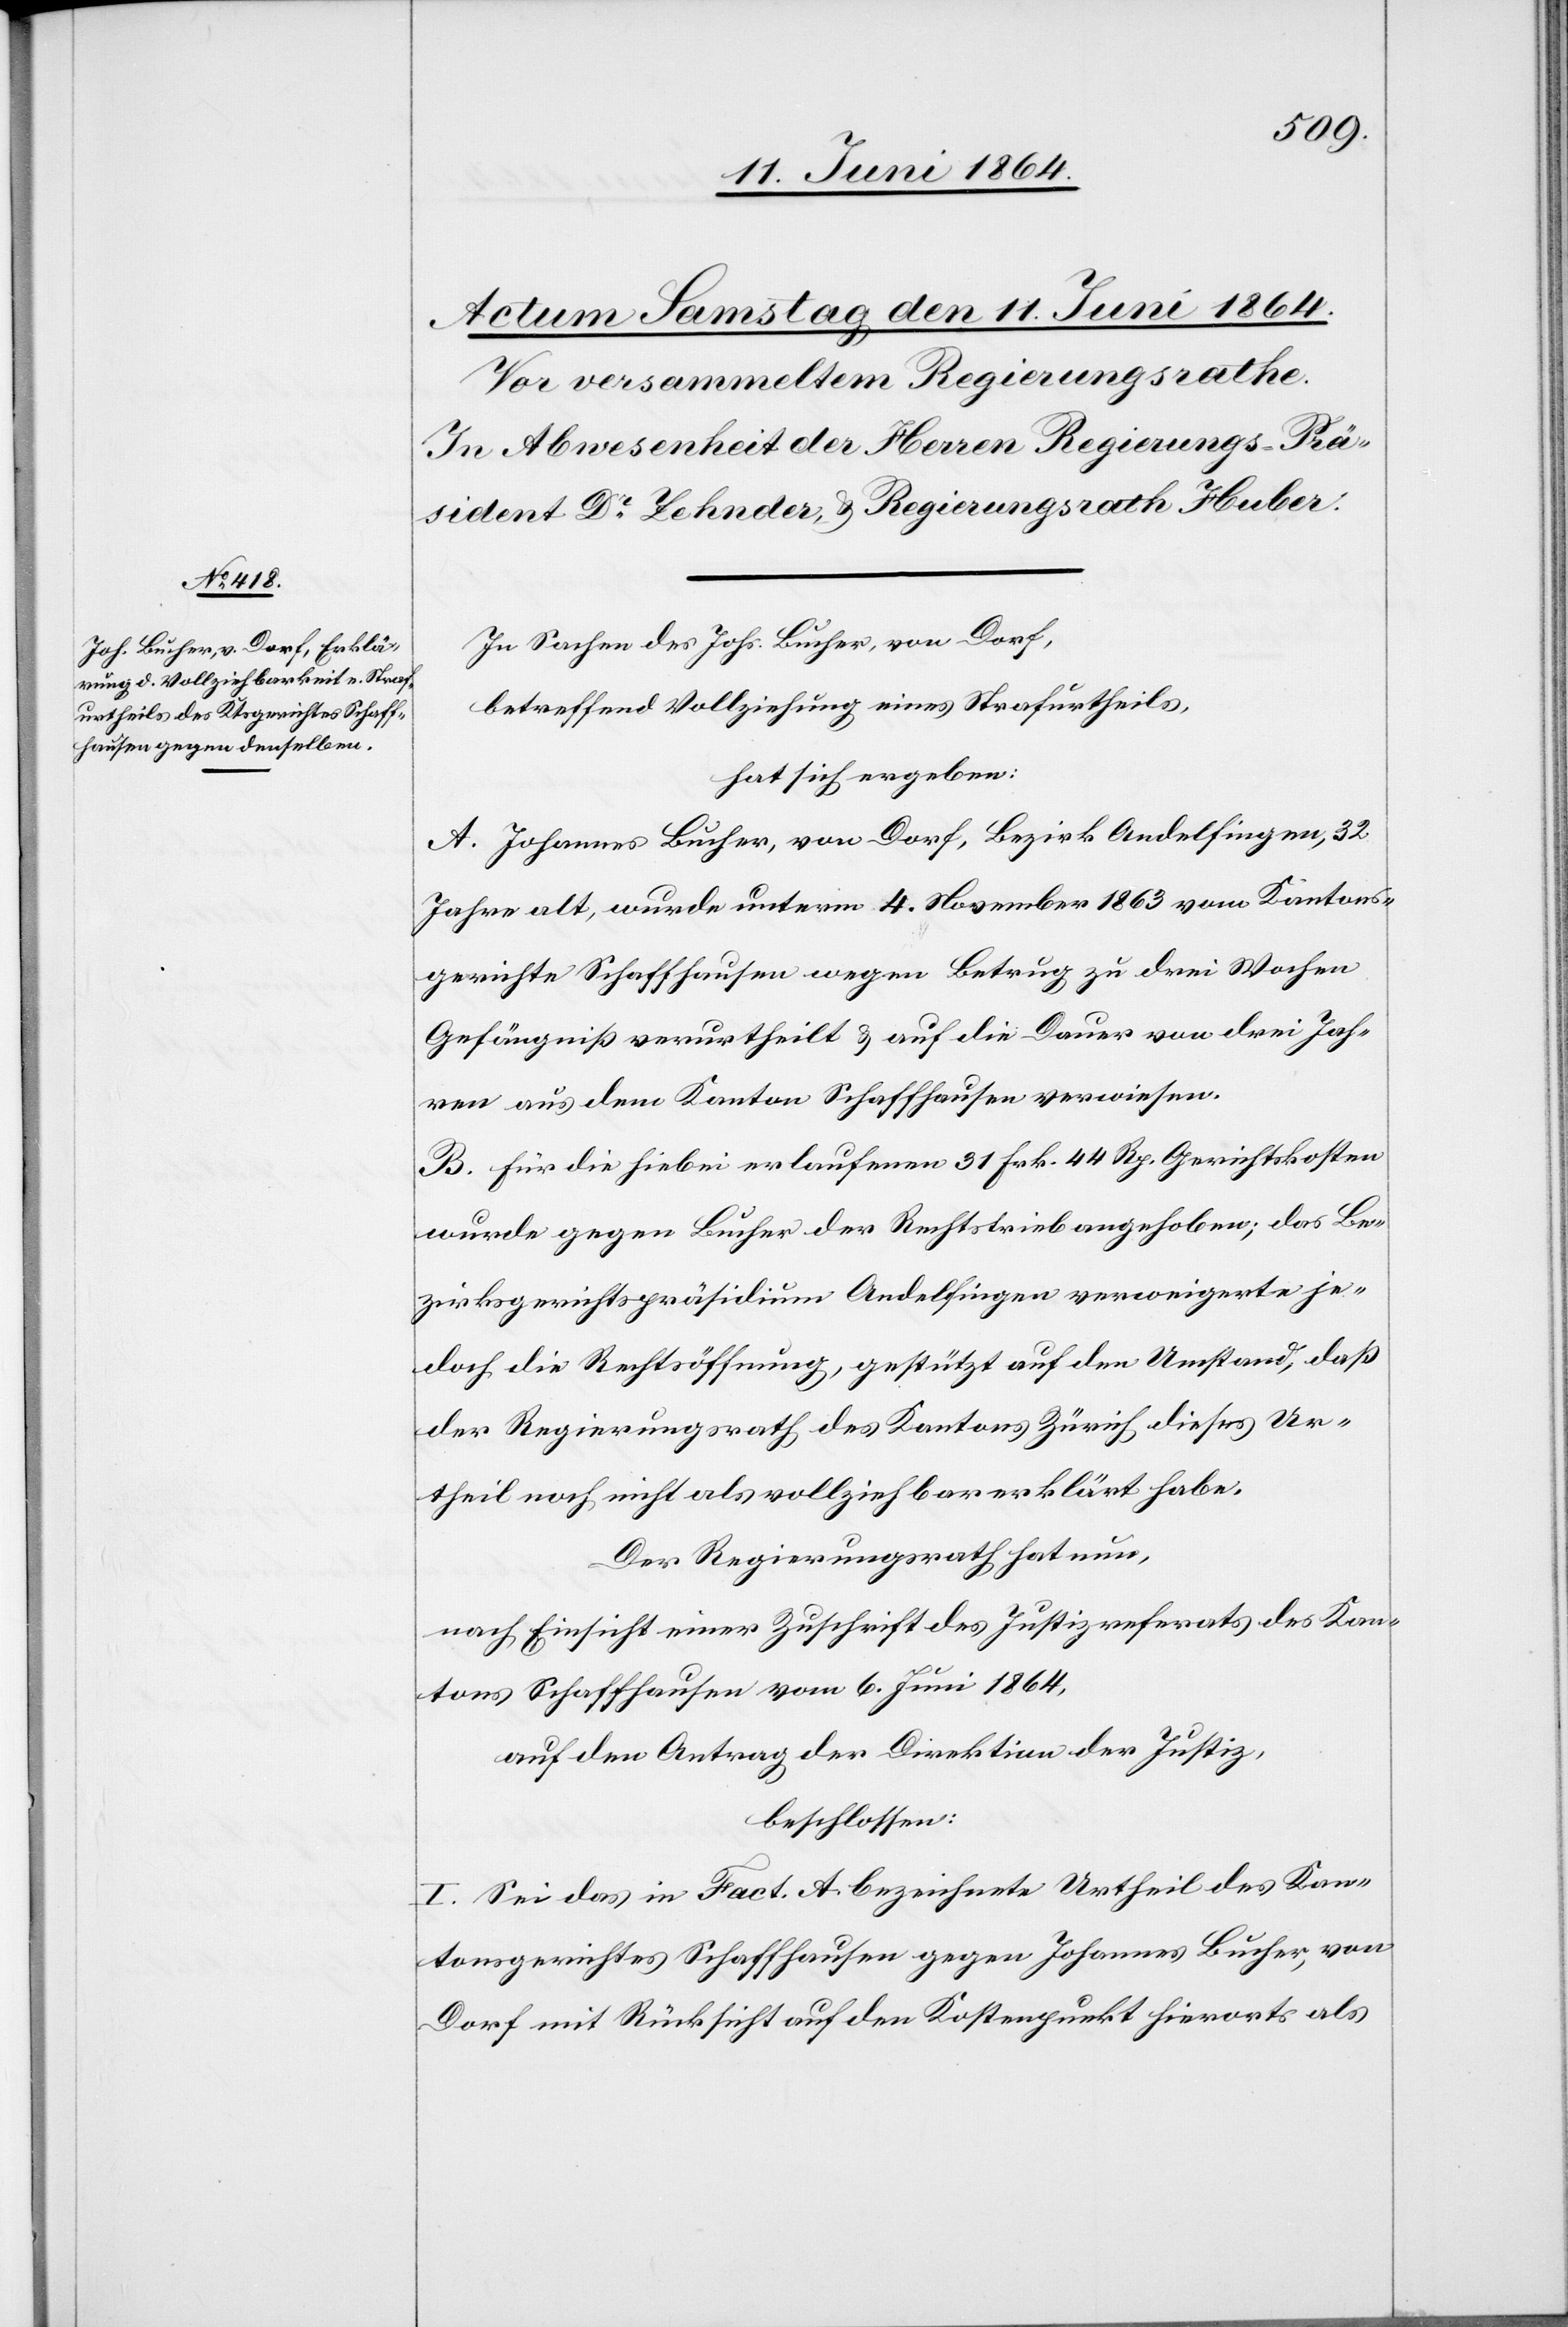
In Sachen des Johs. Bucher, von Dorf,
betreffend Vollziehung eines Strafurtheils,
hat sich ergeben:
A. Johannes Bucher, von Dorf, Bezirk Andelfingen, 32
Jahre alt, wurde unterm 4. November 1863 vom Kantons¬
gerichte Schaffhausen wegen Betrug zu drei Wochen
Gefängniß verurtheilt u. auf die Dauer von drei Jah¬
ren aus dem Kanton Schaffhausen verwiesen.
B. Für die hiebei erlaufenen 31 Frk. 44 Rp. Gerichtskosten
wurde gegen Bucher der Rechtstrieb angehoben; das Be¬
zirksgerichtspräsidium Andelfingen verweigerte je¬
doch die Rechtsöffnung, gestützt auf den Umstand, daß
der Regierungsrath des Kantons Zürich dieses Ur¬
theil noch nicht als vollziehbar erklärt habe.
Der Regierungsrath hat nun,
nach Einsicht einer Zuschrift des Justizreferats des Kan¬
tons Schaffhausen vom 6. Juni 1864,
auf den Antrag der Direktion der Justiz,
beschlossen:
I. Sei das in Fact. A. bezeichnete Urtheil des Kan¬
tonsgerichtes Schaffhausen gegen Johannes Bucher, von
Dorf mit Rücksicht auf den Kostenpunkt hierorts als